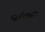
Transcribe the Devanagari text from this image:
पद्धतीशास्त्रीय